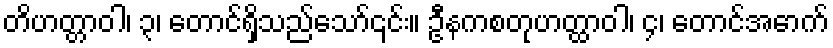
တိဟတ္တာဝါ၊ ၃၊ တောင်ရှိသည်သော်၎င်း။ ဦနကစတုဟတ္ထာဝါ၊ ၄၊ တောင်အောက်